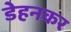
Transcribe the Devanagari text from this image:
डेहनकर